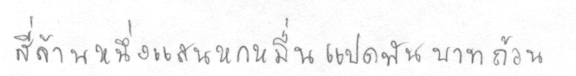
สี่ล้านหนึ่งแสนหกหมื่นแปดพันบาทถ้วน